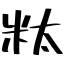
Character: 粏